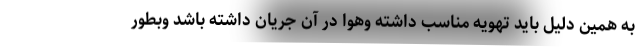
به همین دلیل باید تهویه مناسب داشته وهوا در آن جریان داشته باشد وبطور